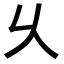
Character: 乆